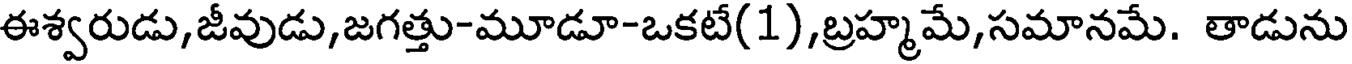
ఈశ్వరుడు,జీవుడు,జగత్తు-మూడూ-ఒకటే(1),బ్రహ్మమే,సమానమే. తాడును